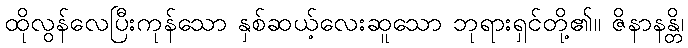
ထိုလွန်လေပြီးကုန်သော နှစ်ဆယ့်လေးဆူသော ဘုရားရှင်တို့၏။ ဇိနာနန္တိ၊